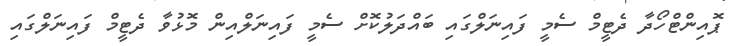
ޕޮއިންޓްހޯދާ ދެޓީމް ސެމީ ފައިނަލްގައި ބައްދަލުކޮށް ސެމީ ފައިނަލްއިން މޮޅުވާ ދެޓީމް ފައިނަލްގައި